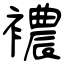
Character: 襛